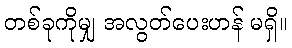
တစ်ခုကိုမျှ အလွတ်ပေးဟန် မရှိ။